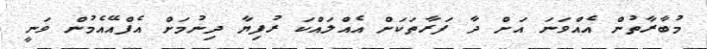
މުބާރާތުން އެއްވަނަ އަށް ދާ ފަރާތަކަށް އެއްލައްކަ ރުފިޔާ ދިނުމަށް އެފްއޭއެމުން ވަނީ